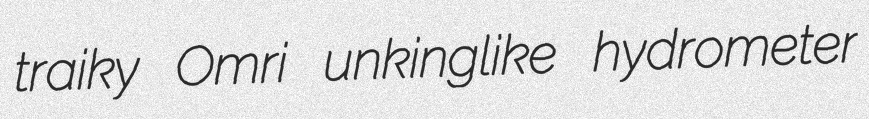
traiky Omri unkinglike hydrometer